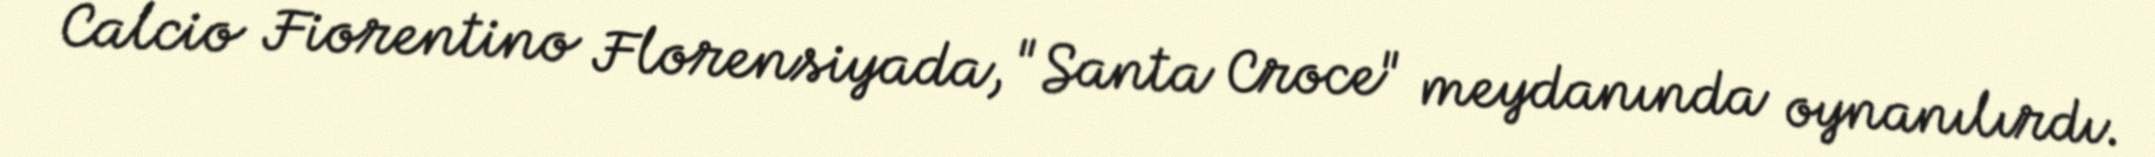
Calcio Fiorentino Florensiyada, "Santa Croce" meydanında oynanılırdı.